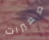
صغيرات